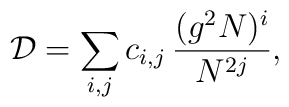
{\cal D}=\sum_{i,j} c_{i,j}\, \frac{(g^2 N)^i}{N^{2j}},